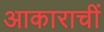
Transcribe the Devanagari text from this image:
आकाराचीं